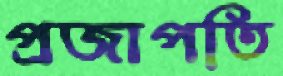
প্রজাপতি